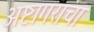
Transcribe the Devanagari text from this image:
अष्टागराचा